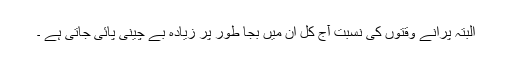
البتہ پرانے وقتوں کی نسبت آج کل ان میں بجا طور پر زیادہ بے چینی پائی جاتی ہے ۔